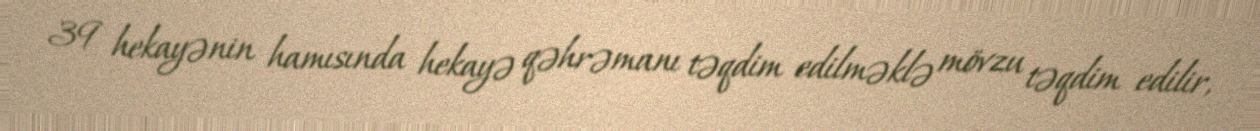
39 hekayənin hamısında hekayə qəhrəmanı təqdim edilməklə mövzu təqdim edilir,